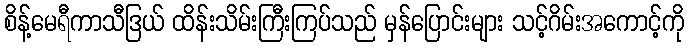
စိန့်မေရီကာသီဒြယ် ထိန်းသိမ်းကြီးကြပ်သည် မှန်ပြောင်းများ သင့်ဂိမ်းအကောင့်ကို